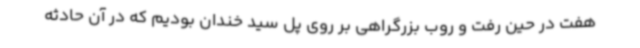
هفت در حین رفت و روب بزرگراهی بر روی پل سید خندان بودیم که در آن حادثه